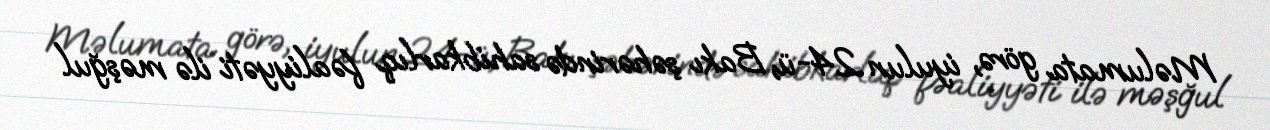
Məlumata görə, iyulun 24-ü, Bakı şəhərində sahibkarlıq fəaliyyəti ilə məşğul